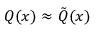
Q ( x ) \approx { \tilde { Q } } ( x )